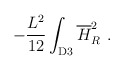
\begin{align*} -{L^2\over 12}\int_{\rm D3} {\overline H}_R^2~.\end{align*}